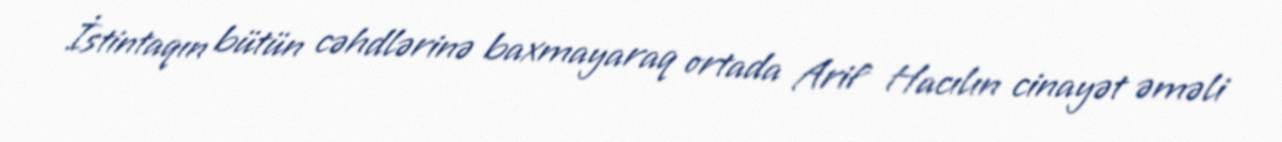
İstintaqın bütün cəhdlərinə baxmayaraq ortada Arif Hacılın cinayət əməli